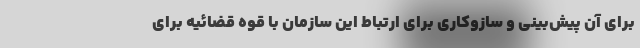
برای آن پیش‌بینی و سازوکاری برای ارتباط این سازمان با قوه قضائیه برای